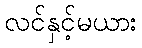
လင်နှင့်မယား